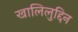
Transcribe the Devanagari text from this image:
खालिलुद्दिन